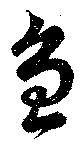
魚